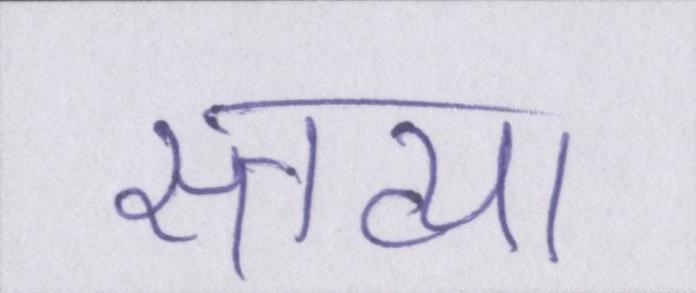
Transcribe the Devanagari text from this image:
स्तव्या